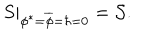
\left. S \right| _ { \phi ^ { \ast } = \overline { { { \phi } } } = \hbar = 0 } = { \cal S } .